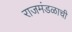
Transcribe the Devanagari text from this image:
राजमंडळाची